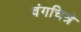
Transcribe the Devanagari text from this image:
वंगचित्रे